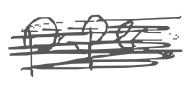
Text: paper.
Cross-out: scratch
Writing tool: digital_gray